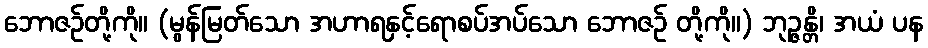
ဘောဇဉ်တို့ကို။ (မွန်မြတ်သော အဟာရနှင့်ရောစပ်အပ်သော ဘောဇဉ် တို့ကို။) ဘုဉ္ဇန္တိ၊ အယံ ပန